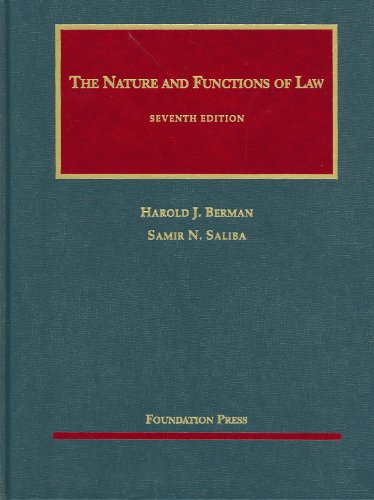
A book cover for The Nature and Functions of Law (University Casebook Series); Harold Berman; Law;